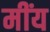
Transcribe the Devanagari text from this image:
मींय